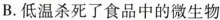
B.低温杀死了食品中的微生物